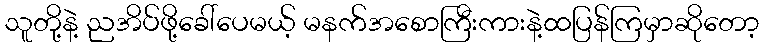
သူတို့နဲ့ ညအိပ်ဖို့ခေါ်ပေမယ့် မနက်အစောကြီးကားနဲ့ထပြန်ကြမှာဆိုတော့